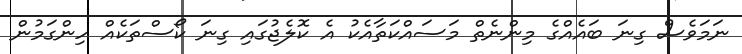
ނަމަވެސް ގިނަ ބައެއްގެ މިންނެތް މަސައްކަތާއެކު އެ ކޮލެޖުގައި ގިނަ ކޯސްތަކެއް ހިންގަމުން